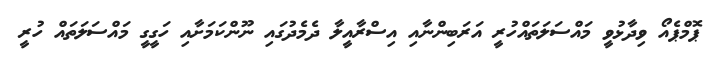
ޕޮމްޕެއޯ ވިދާޅުވީ މައްސަލަތައްހުރީ އަރަބިންނާއި އިސްރާއީލާ ދެމެދުގައި ނޫންކަމަށާއި ހަގީގީ މައްސަލަތައް ހުރީ